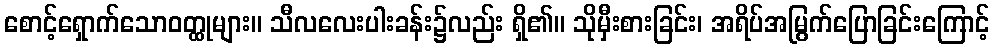
စောင့်ရှောက်သောဝတ္ထုများ။ သီလလေးပါးခန်း၌လည်း ရှိ၏။ သိုမှီးစားခြင်း၊ အရိပ်အမြွက်ပြောခြင်းကြောင့်